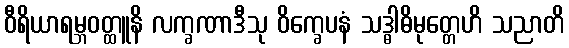
ဝီရိယာရမ္ဘဝတ္ထူနိ လက္ခဏာဒီသု ဝိက္ခေပနံ သဒ္ဓါဓိမုတ္တေဟိ သညာတိ